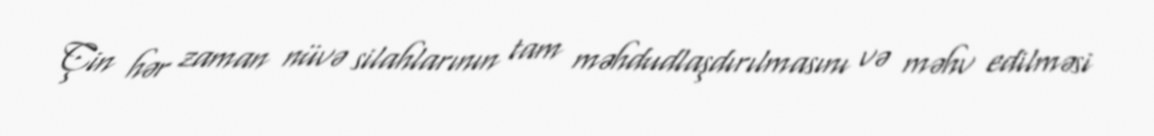
Çin hər zaman nüvə silahlarının tam məhdudlaşdırılmasını və məhv edilməsi